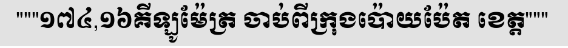
"""១៧៤,១៦គីឡូម៉ែត្រ ចាប់ពីក្រុងប៉ោយប៉ែត ខេត្ត"""